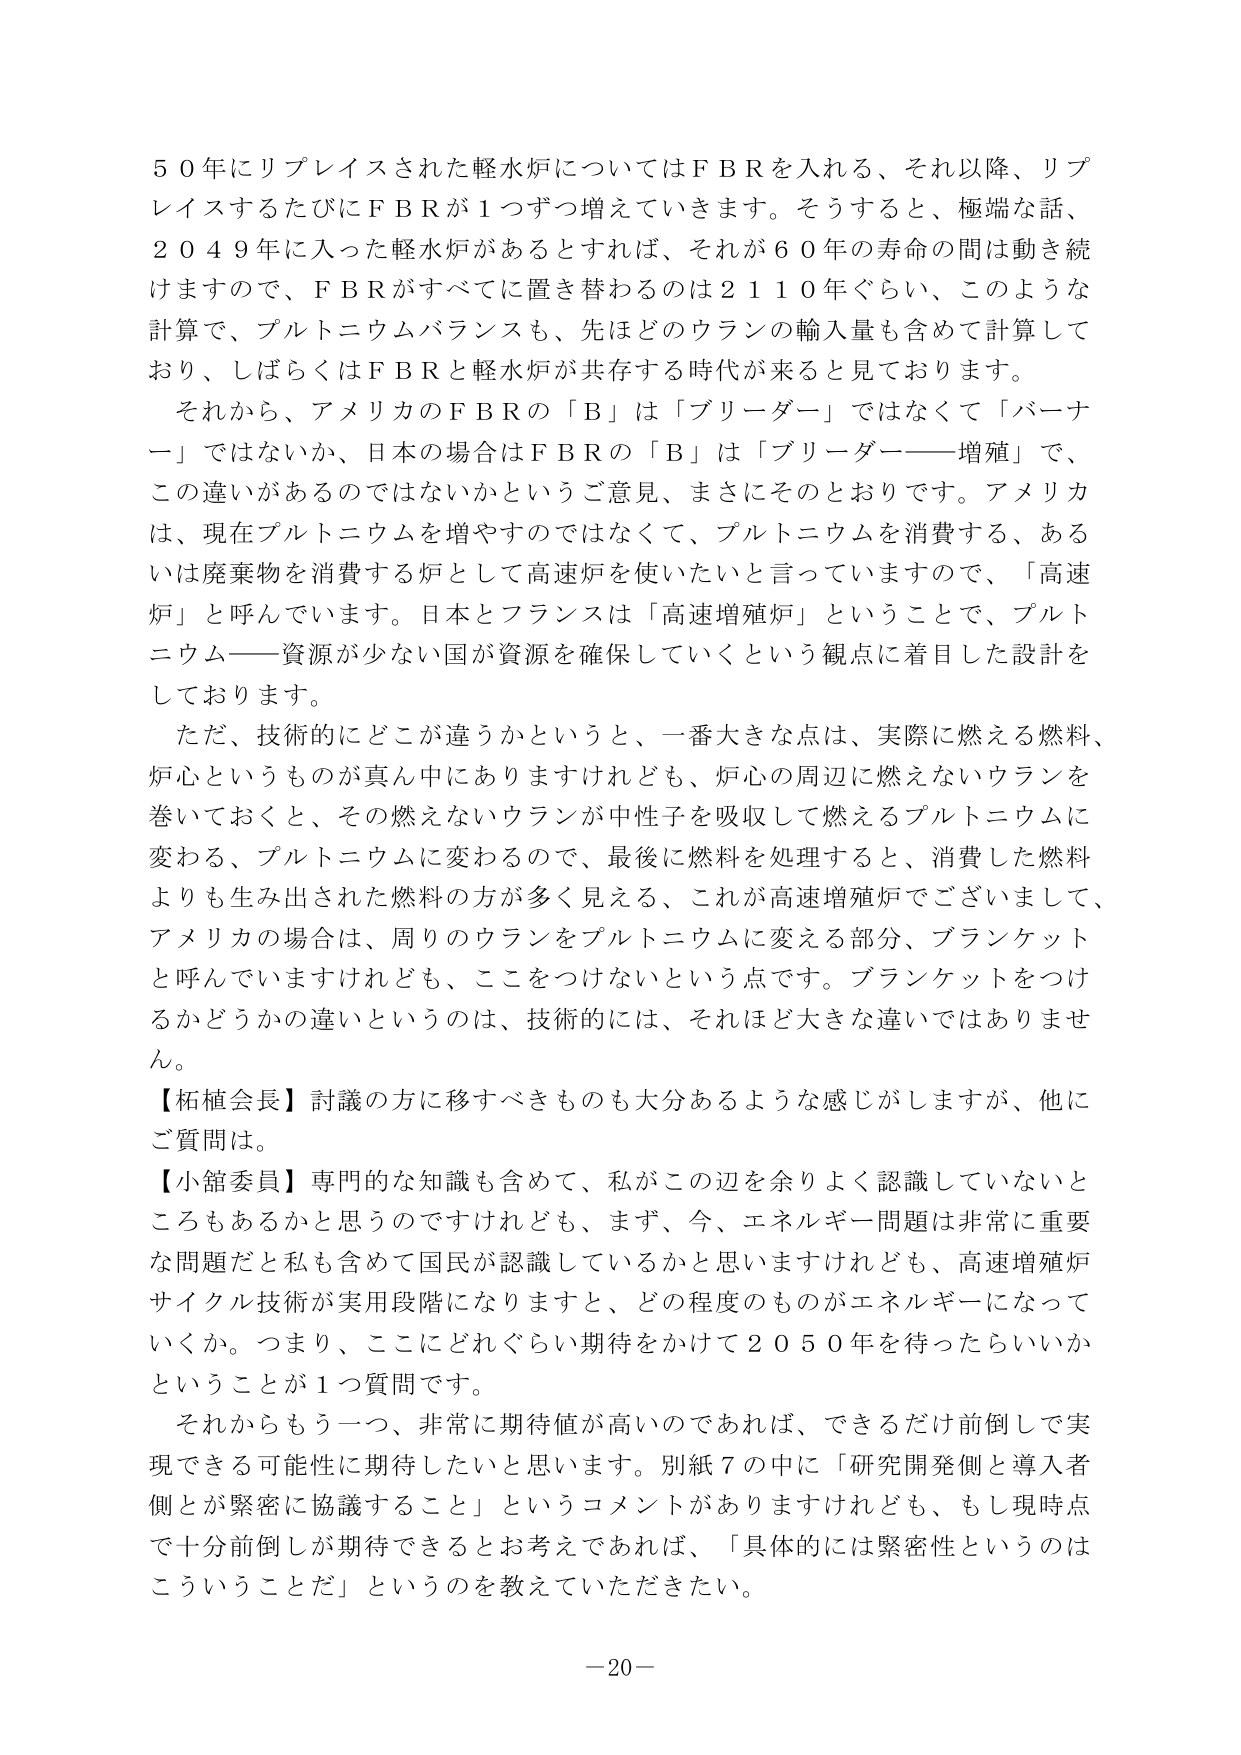
５０年にリプレイスされた軽水炉についてはＦＢＲを入れる、それ以降、リプレイスするたびにＦＢＲが１つずつ増えていきます。そうすると、極端な話、２０４９年に入った軽水炉があるとすれば、それが６０年の寿命の間は動き続けますので、ＦＢＲがすべてに置き替わるのは２１１０年ぐらい、このような計算で、プルトニウムバランスも、先ほどのウランの輸入量も含めて計算しており、しばらくはＦＢＲと軽水炉が共存する時代が来ると思っております。

それから、アメリカのＦＢＲの「Ｂ」は「ブリーダー」ではなくて「バーナー」ではないか、日本の場合はＦＢＲの「Ｂ」は「ブリーダー――増殖」で、この違いがあるのではないかというご意見、まさにそのとおりです。アメリカは、現在プルトニウムを増やすのではなくて、プルトニウムを消費する、あるいは廃棄物を消費する炉として高速炉を使いたいと言っていますので、「高速炉」と呼んでいます。日本とフランスは「高速増殖炉」ということで、プルトニウム――資源が少ない国が資源を確保していくという観点に着目した設計をしております。

ただ、技術的にどこが違うかというと、一番大きな点は、実際に燃える燃料、炉心というものが真ん中にありますけれども、炉心の周辺に燃えないウランを巻いておくと、その燃えないウランが中性子を吸収して燃えるプルトニウムに変わる、プルトニウムに変わるのですで、最後に燃料を処理すると、消費した燃料よりも生み出された燃料の方が多く見える、これが高速増殖炉でございまして、アメリカの場合は、周りのウランをプルトニウムに変える部分、ブランケットと呼んでいますけれども、ここをつけないという点です。ブランケットをつけるかどうかの違いというのは、技術的には、それほど大きな違いではありません。

【柘植会長】討議の方に移すべきものも大分あるような感じがしますが、他にご質問は。

【小舘委員】専門的な知識も含めて、私がこの辺を余りよく認識していないところもあるかと思うのですけれども、まず、今、エネルギー問題は非常に重要な問題だと私も含めて国民が認識しているかと思いますけれども、高速増殖炉サイクル技術が実用段階になりますと、どの程度のものがエネルギーになっていくか。つまり、ここにどれぐらい期待をかけて２０５０年を待ったらいいかということが１つ質問です。

それからもう一つ、非常に期待値が高いのであれば、できるだけ前倒しで実現できる可能性に期待したいと思います。別紙７の中に「研究開発側と導入者側とが緊密に協議すること」というコメントがありますけれども、もし現時点で十分前倒しが期待できるとお考えであれば、「具体的には緊密性というのはこういうことだ」というのを教えていただきたい。

－20－